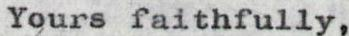
Yours faithfully,